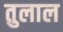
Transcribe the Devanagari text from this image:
तुलाल